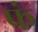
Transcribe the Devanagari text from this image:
फं